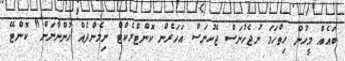
ބައެއް މީހުން ހިތްހަމަ ނުޖެހުނަސް ޖެހުނަސް އަހަރެން ކޮންޓްރެކްޓް ނިމެންދެއް ހުންނާނަން" ކޮންޓޭ